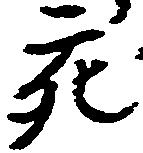
亥